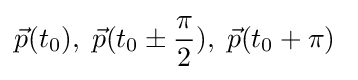
{\vec {p}}(t_{0}),\;{\vec {p}}(t_{0}\pm {\frac {\pi }{2}}),\;{\vec {p}}(t_{0}+\pi )\